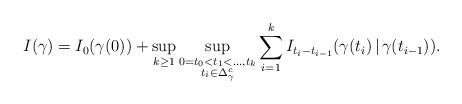
LaTeX: \begin{align*} I(\gamma) = I_0(\gamma(0)) + \sup_{k \geq 1} \sup_{\substack{0 = t_0 < t_1 < \dots, t_k \\ t_i \in \Delta_\gamma^c}} \sum_{i=1}^{k} I_{t_i - t_{i-1}}(\gamma(t_i) \, | \, \gamma(t_{i-1})).\end{align*}